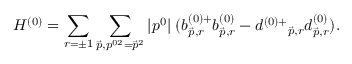
H ^ { ( 0 ) } = \sum _ { r = \pm 1 } \sum _ { \vec { p } , p ^ { 0 2 } = \vec { p } ^ { 2 } } | p ^ { 0 } | \; ( b _ { \vec { p } , r } ^ { ( 0 ) + } b _ { \vec { p } , r } ^ { ( 0 ) } - d ^ { ( 0 ) + } { } _ { \vec { p } , r } d _ { \vec { p } , r } ^ { ( 0 ) } ) .